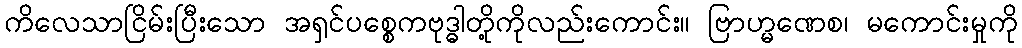
ကိလေသာငြိမ်းပြီးသော အရှင်ပစ္စေကဗုဒ္ဓါတို့ကိုလည်းကောင်း။ ဗြာဟ္မဏေစ၊ မကောင်းမှုကို